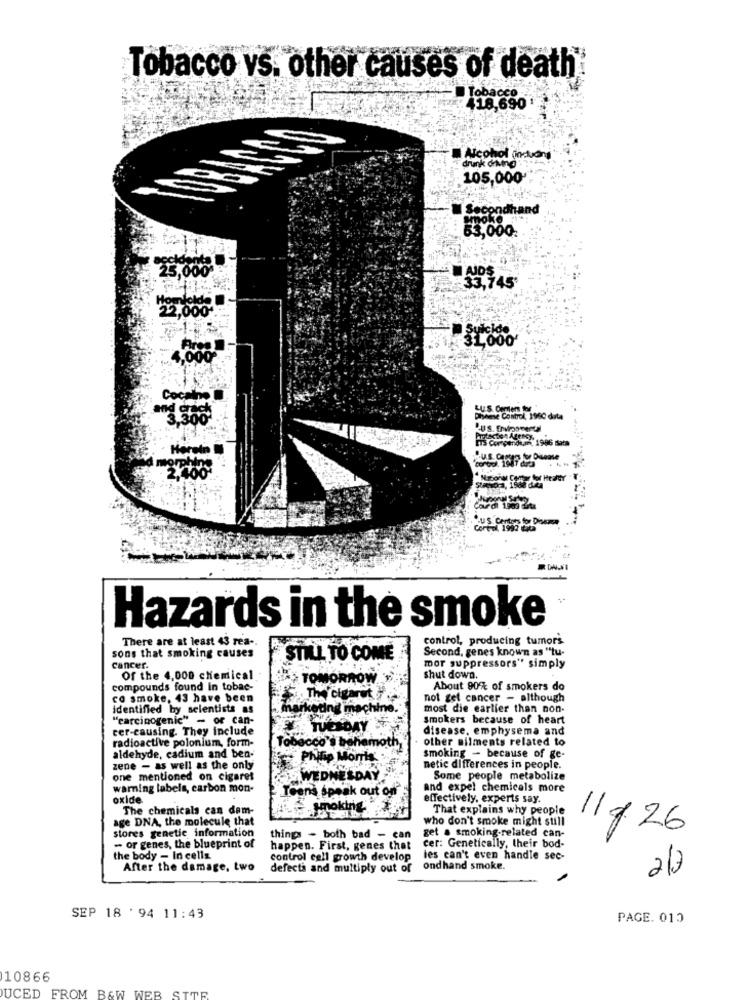
Tobacco vs. other causes of death
Tobacco
418,690
Alcohol (incluant
drunk driving".
105,000"
Secondhand
poko
63,000.
25,000
33,745
2,000
Suicide
31,000'
4,000
Cocaine
LUS. Demer thyr
Plyne Control, 1960 data
Rus gern youme
Hazards in the smoke
There are at least 43 rea-
control, producing tumors
Second, genes known as "tu-
sons that smoking causes
STILL TO COME
cancer.
mor suppressors" simply
Of the 4,000 chemical
TOMORROW
shut down.
compounds found In tobac-
About 90% of smokers do
co smoke, 43 have been
The cigaret
not get cancer - although
Identified by selentists as
arketing machine.
most die earlier than non-
"carcinogenic" - or can-
Smokers because of heart
cer-causing. They include
TUESDAY
disease, emphysema and
radioactive polonium, form-
other ailments related to
Tobacco's behemoth
aldehyde, cadium and ben-
Philip Morris
smoking - because of ge-
zene - as well as the only
netic differences in people.
one mentioned on cigaret
-WEDNESDAY
Some people metabolize
warning labels, carbon mon-
Teens speak out on
and expel chemicals more
oxide.
effectively, experts say.
The chemicals can dem-
That explains why people
age DNA, the molecule that
who don't smoke might still
stores genetic information
get a_smoking-related can-
11 g26
things - both bad - can
- or genes, the blueprint of
happen. First, genes that
cer: Genetically, their bod-
the body - In cells
control cell growth develop
les can't even handle sec-
After the damage, two
defects and multiply out of
ondhand smoke.
2/2
SEP 18 '94 11:43
PAGE. 013
10866
UCED FROM B&W WER